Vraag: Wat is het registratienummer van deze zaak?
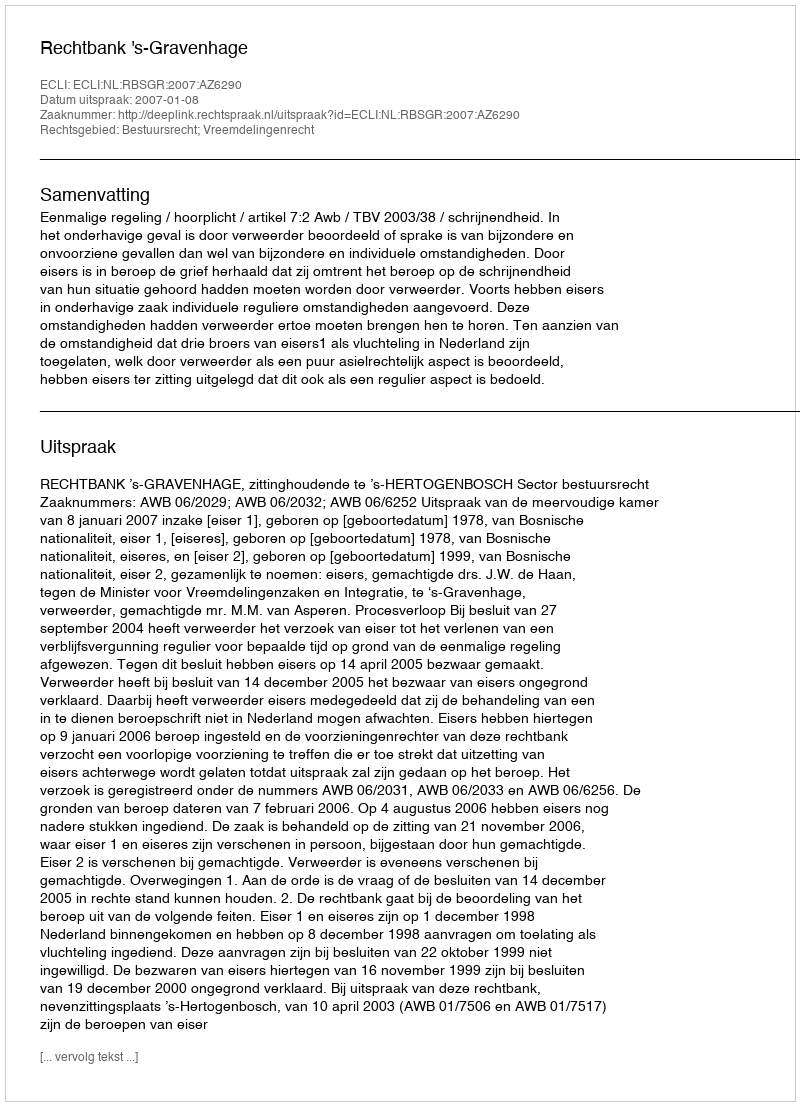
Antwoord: http://deeplink.rechtspraak.nl/uitspraak?id=ECLI:NL:RBSGR:2007:AZ6290